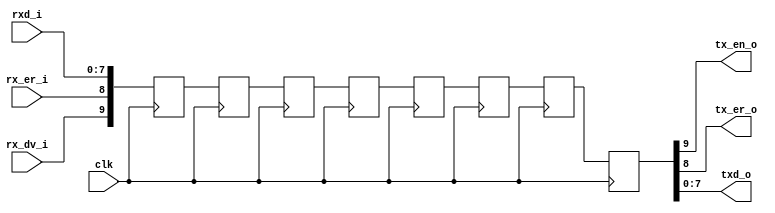
module channel_model (
    input               clk,

    input               rx_dv_i,
    input               rx_er_i,
    input  [7:0]        rxd_i ,
    
    output              tx_en_o,
    output              tx_er_o,
    output [7:0]        txd_o 
);
    parameter  DELAY_LEN = 8;

    reg  [9:0] delay_line[DELAY_LEN:0];
    integer    i;
    
    always @(*) begin
        delay_line[0] = {rx_dv_i, rx_er_i, rxd_i};
    end
    
    always @(posedge clk) begin
        for(i = 0; i < DELAY_LEN; i = i+1) begin
            delay_line[i+1] <= delay_line[i];
        end
    end
    
    assign {tx_en_o, tx_er_o, txd_o} = delay_line[DELAY_LEN];
  
endmodule